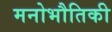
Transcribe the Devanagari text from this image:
मनोभौतिकी